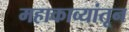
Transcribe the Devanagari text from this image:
महाकाव्यांतून